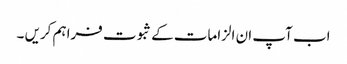
اب آپ ان الزامات کے ثبوت فراہم کریں ۔